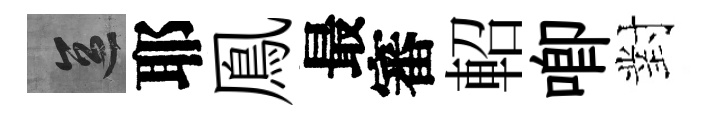
區耶鳯最審軺唧對